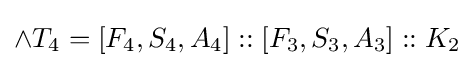
\land T_{4}=[F_{4},S_{4},A_{4}]::[F_{3},S_{3},A_{3}]::K_{2}